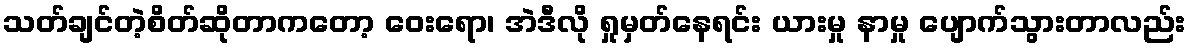
သတ်ချင်တဲ့စိတ်ဆိုတာကတော့ ဝေးရော၊ အဲဒီလို ရှုမှတ်နေရင်း ယားမှု နာမှု ပျောက်သွားတာလည်း